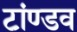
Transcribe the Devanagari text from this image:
टांण्डव